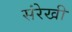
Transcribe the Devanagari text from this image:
संरेखी